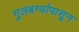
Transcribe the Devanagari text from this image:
गुलबर्ग्यापासून